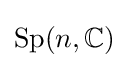
\mathrm {Sp} (n,\mathbb {C} )